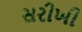
સરીખી